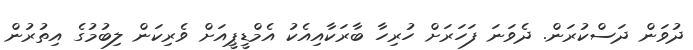
ދުވަން ދަސްކުރަން. ދެވަނަ ފަހަރަށް ހުރިހާ ބާރަކާއިއެކު އެމްޑީޕީއަށް ވެރިކަން ލިބުމުގެ އިތުރުން